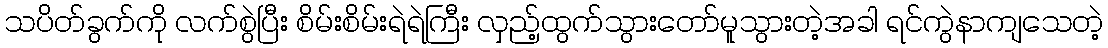
သပိတ်ခွက်ကို လက်စွဲပြီး စိမ်းစိမ်းရဲရဲကြီး လှည့်ထွက်သွားတော်မူသွားတဲ့အခါ ရင်ကွဲနာကျသေတဲ့